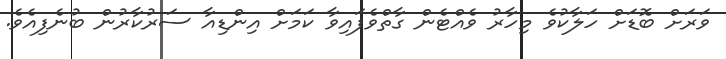
ވަރަށް ބޮޑަށް ހަލާކުވެ މިހާރު ވެއްޓެން ގާތްވެފައިވާ ކަމަށް އިންޑިއާ ސަރުކާރުން ބުނެފިއެވެ.